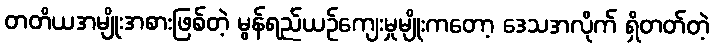
တတိယအမျိုးအစားဖြစ်တဲ့ မွန်ရည်ယဉ်ကျေးမှုမျိုးကတော့ ဒေသအလိုက် ရှိတတ်တဲ့